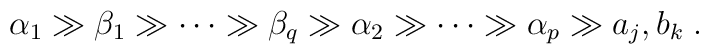
\alpha_1 \gg \beta_1 \gg \cdots \gg \beta_q \gg \alpha_2 \gg \cdots\gg \alpha_p \gg a_j, b_k \;.